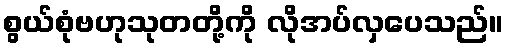
စွယ်စုံဗဟုသုတတို့ကို လိုအပ်လှပေသည်။